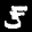
Label: 5